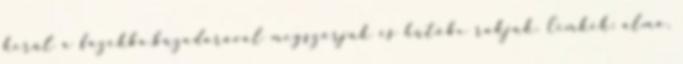
kerül a fazékba,búzadarával megszórjuk és hűtőbe rakjuk. Címkék: alma,